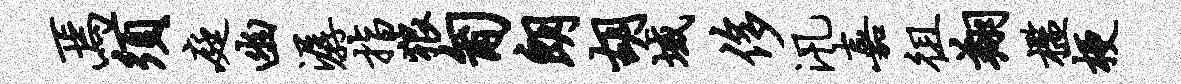
焉须庭幽潺指狼匍朗胡域侈汛嘉徂翔槛梗